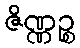
ဇိဏ္ဏဉ္စ